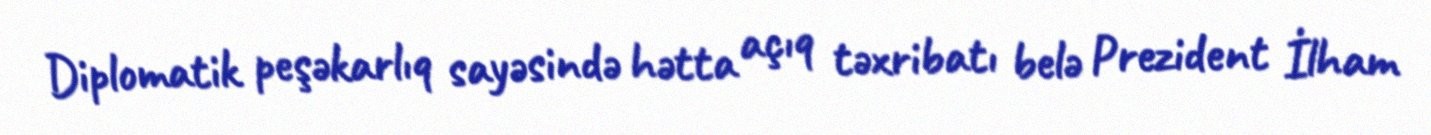
Diplomatik peşəkarlıq sayəsində hətta açıq təxribatı belə Prezident İlham